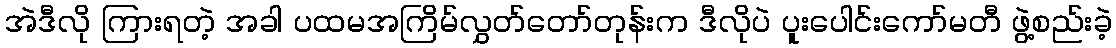
အဲဒီလို ကြားရတဲ့ အခါ ပထမအကြိမ်လွှတ်တော်တုန်းက ဒီလိုပဲ ပူးပေါင်းကော်မတီ ဖွဲ့စည်းခဲ့